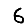
Digit: 6